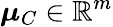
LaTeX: \boldsymbol{\mu}_{C}\in\mathbb{R}^{m}